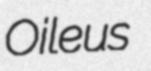
Oileus